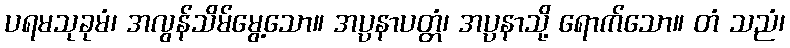
ပရမသုခုမံ၊ အလွန်သိမ်မွေ့သော။ အပ္ပနာပတ္တံ၊ အပ္ပနာသို့ ရောက်သော။ တံ သညံ၊